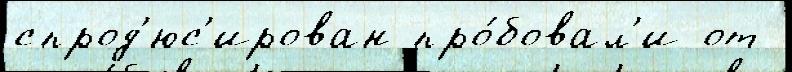
спрод'юс'ирован про́бовал'и от